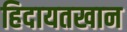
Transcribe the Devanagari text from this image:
हिदायतखान